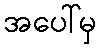
အပေါ်မှ